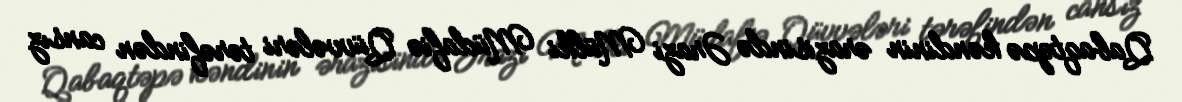
Qabaqtəpə kəndinin ərazisində Ərazi Mülki Müdafiə Qüvvələri tərəfindən cansız